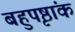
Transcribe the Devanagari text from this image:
बहुपृष्ठांक